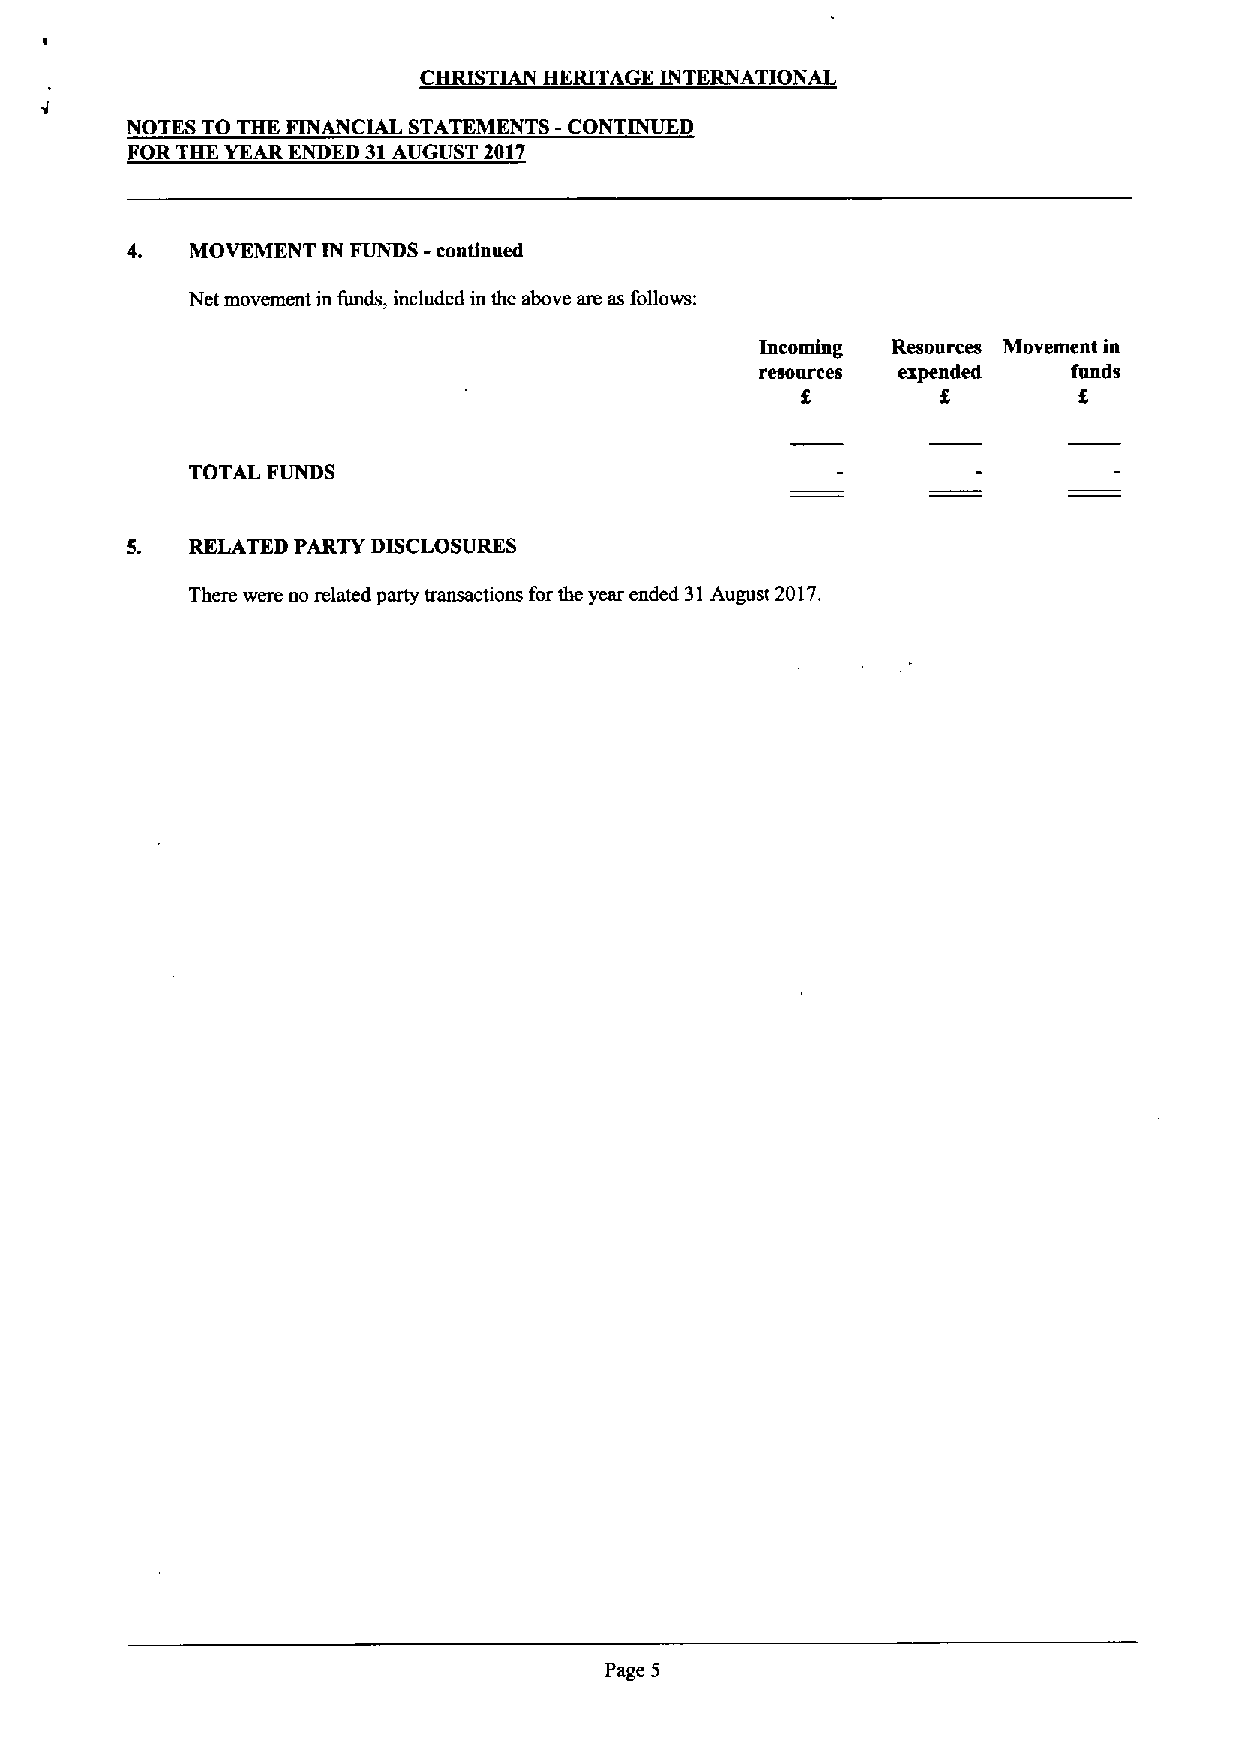
CHRISTIAN HERITAGE INTERNATIONAL
 NOTES TO THE FINANCIAL STATEMENTS -CONTINUED
 FOR THE YEARENDED 31AUGUST 2017
 4.   MOVEMENT IN FUNDS - continued
 Net movement in funds, included in the above are as follows:
 Incoming Resources Movement in
 resources expended   funds
 f
 TOTAL FUNDS
 5.   RELATED PARTY DISCLOSURES
 There were no related party transactions for the year ended 31August 2017.
 Page 5